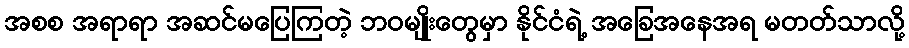
အစစ အရာရာ အဆင်မပြေကြတဲ့ ဘဝမျိုးတွေမှာ နိုင်ငံရဲ့ အခြေအနေအရ မတတ်သာလို့